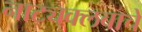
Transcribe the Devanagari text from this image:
नाट्यक्लबाचे